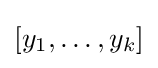
[y_{1},\ldots ,y_{k}]